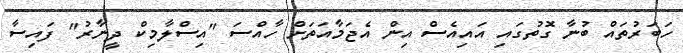
ހަބަރުތައް ބުނާ ގޮތުގައި އައިއެސް އިން އެޖަމާއަތަށް ހާއްސަ "އިސްލާމިކް ދީނާރު" ފައިސާ